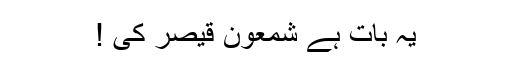
یہ بات ہے شمعون قیصر کی !